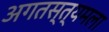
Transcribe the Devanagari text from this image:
अगतस्त्यमला